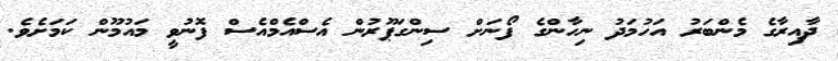
ދާއިރާގެ މެންބަރު އަހުމަދު ނިހާންގެ ފޯނަށް ސިންގަޕޫރުން އެސްއެމްއެސް ފޮނުވީ މައުމޫން ކަމަށެވެ.